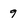
Character: 9